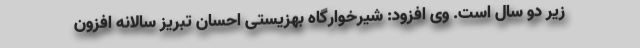
زیر دو سال است. وی افزود: شیرخوارگاه بهزیستی احسان تبریز سالانه افزون